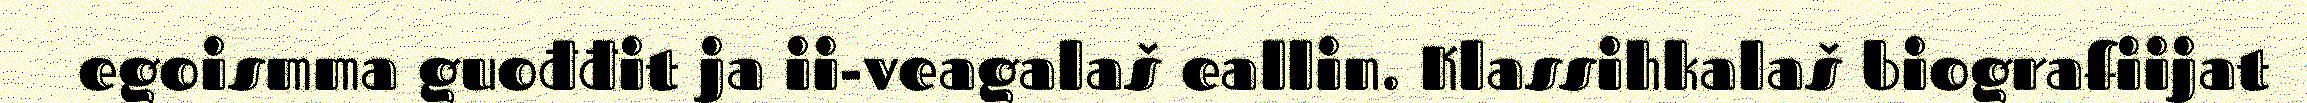
egoismma guođđit ja ii-veagalaš eallin. Klassihkalaš biografiijat